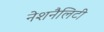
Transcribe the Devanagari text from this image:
नेशनैलिटी